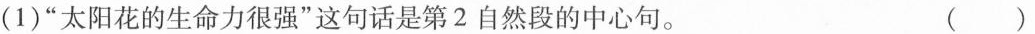
(1)”太阳花的生命力很强”这句话是第2自然段的中心句。 ( )